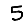
Digit: 5